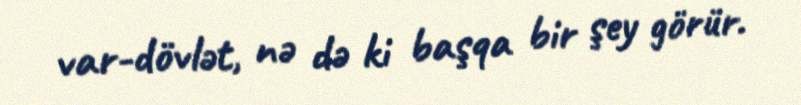
var-dövlət, nə də ki başqa bir şey görür.